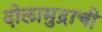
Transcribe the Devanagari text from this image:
दोलामुद्राची